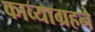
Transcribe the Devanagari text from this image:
काव्याग्रहने